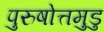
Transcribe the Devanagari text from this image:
पुरुषोत्तमुडु